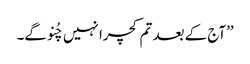
’’آج کے بعد تم کچرا نہیں چُنو گے۔